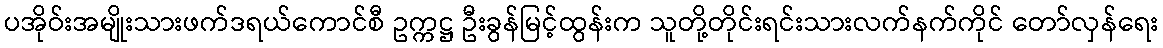
ပအိုဝ်းအမျိုးသားဖက်ဒရယ်ကောင်စီ ဥက္ကဋ္ဌ ဦးခွန်မြင့်ထွန်းက သူတို့တိုင်းရင်းသားလက်နက်ကိုင် တော်လှန်ရေး